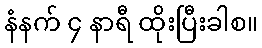
နံနက် ၄ နာရီ ထိုးပြီးခါစ။